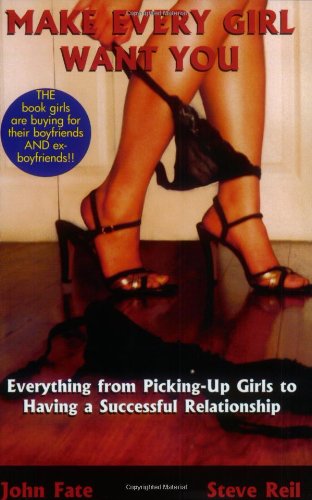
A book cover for Make Every Girl Want You; John Fate; Gay & Lesbian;